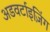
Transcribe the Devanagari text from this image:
अडवर्टाइज़िंग